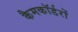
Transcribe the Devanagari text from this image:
कैमकॉर्डरों